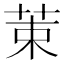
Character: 𫇿